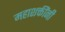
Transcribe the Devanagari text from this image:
महाशक्तींनी